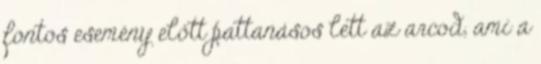
fontos esemény előtt pattanásos lett az arcod, ami a